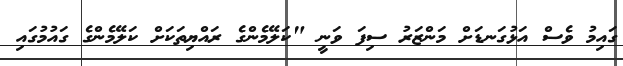
ގައިމު ވެސް އަޅުގަނޑަށް މަންޒަރު ސިފަ ވަނީ "ކަލޭމެންގެ ރައްޔިތަކަށް ކަލޭމެންގެ ގައުމުގައި